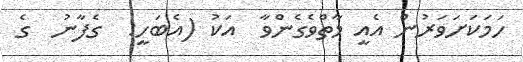
ހަމަކަށަވަރުން އެއީ މާތްވެގެންވާ  އަކު (އެބަހީ:  ގެފާނު  ގެ